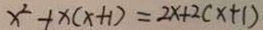
x ^ { 2 } + x ( x + 1 ) = 2 x + 2 ( x + 1 )